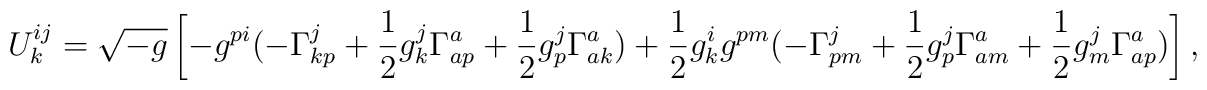
U^{ij}_{k} = \sqrt{-g} \left[-g^{pi}( -\Gamma^j_{kp}               +\frac{1}{2} g^j_{k} \Gamma^a_{ap}               +\frac{1}{2} g^j_{p} \Gamma^a_{ak})             + \frac{1}{2} g^i_{k} g^{pm}( -\Gamma^j_{pm}               +\frac{1}{2} g^j_{p} \Gamma^a_{am}               +\frac{1}{2} g^j_{m} \Gamma^a_{ap})\right],